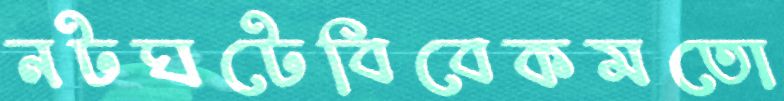
নটঘটেবিবেকমতো